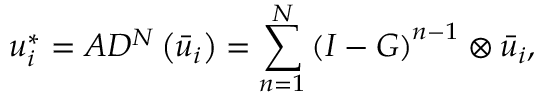
u _ { i } ^ { * } = A { D ^ { N } } \left( { { { \bar { u } } _ { i } } } \right) = \sum _ { n = 1 } ^ { N } { { { ( I - G ) } ^ { n - 1 } } } \otimes { { { \bar { u } } _ { i } } } ,